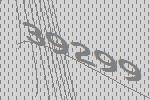
39299